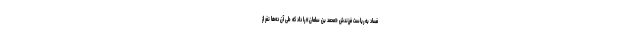
فساد به ریاست فرزندش «محمد بن سلمان» را داد که طی آن ده‌ها نفر از